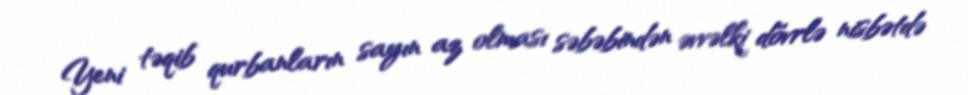
Yeni təqib qurbanların sayın az olması səbəbindən əvvəlki dövrlə nisbətdə